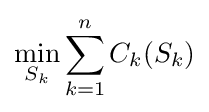
\min _{S_{k}}\sum _{k=1}^{n}C_{k}(S_{k})